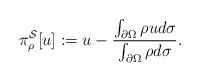
LaTeX: \begin{align*}\pi^{\mathcal S}_{\rho}[u]:=u-\frac{\int_{\partial\Omega}\rho u d\sigma}{\int_{\partial\Omega}\rho d\sigma}.\end{align*}